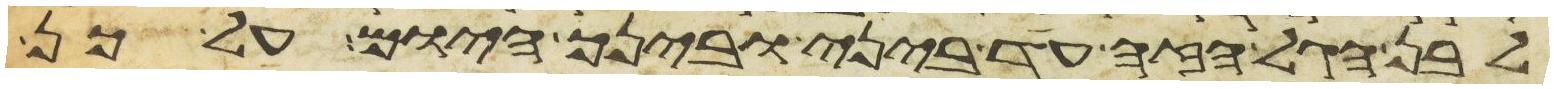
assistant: לבן הגל הזה עד ביני ובינך היום על כן